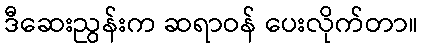
ဒီဆေးညွန်းက ဆရာဝန် ပေးလိုက်တာ။